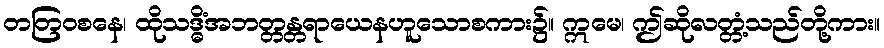
တတြဝစနေ၊ ထိုသဒ္ဓိံအဘတ္တန္တရာယေနဟူသောစကား၌။ ဣမေ၊ ဤဆိုလတ္တံ့သည်တို့ကား။